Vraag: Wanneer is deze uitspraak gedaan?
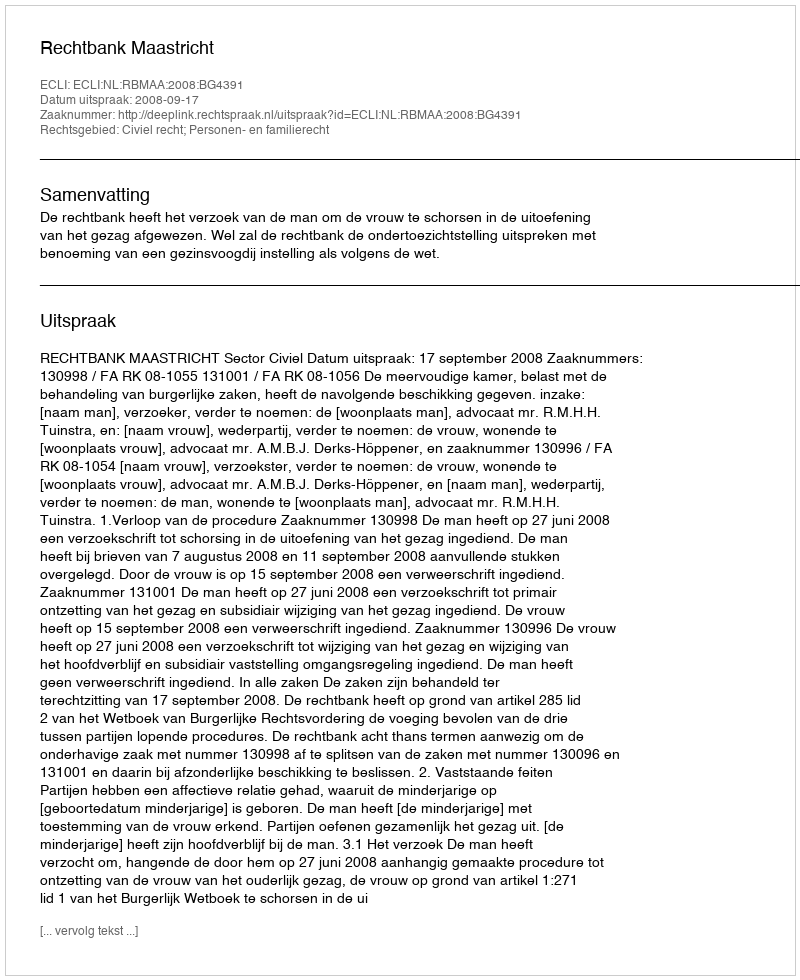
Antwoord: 2008-09-17